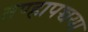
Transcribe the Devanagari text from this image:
तण्हापच्चया